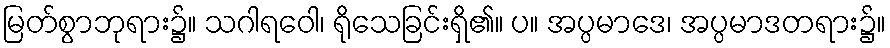
မြတ်စွာဘုရား၌။ သဂါရဝေါ၊ ရိုသေခြင်းရှိ၏။ ပ။ အပ္ပမာဒေ၊ အပ္ပမာဒတရား၌။